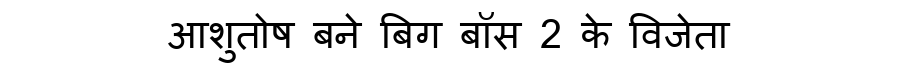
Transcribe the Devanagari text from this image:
आशुतोष बने बिग बॉस 2 के विजेता